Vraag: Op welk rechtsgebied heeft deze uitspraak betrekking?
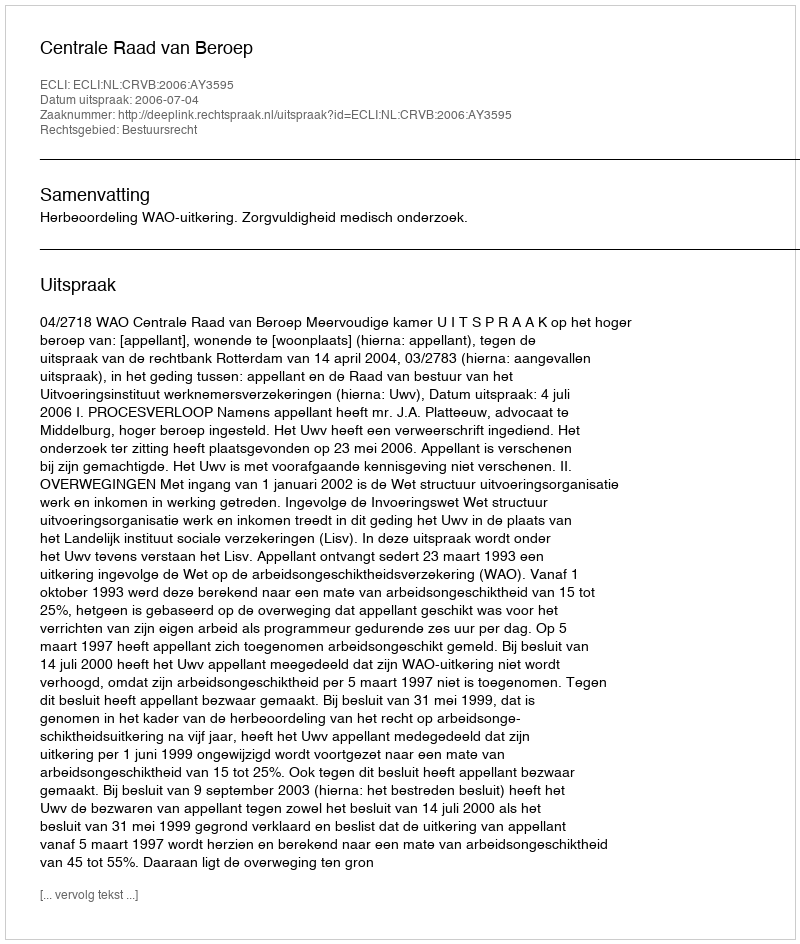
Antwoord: Bestuursrecht